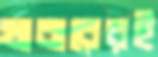
খাবারেরই